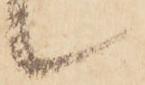
候